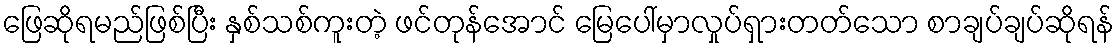
ဖြေဆိုရမည်ဖြစ်ပြီး နှစ်သစ်ကူးတဲ့ ဖင်တုန်အောင် မြေပေါ်မှာလှုပ်ရှားတတ်သော စာချပ်ချပ်ဆိုရန်